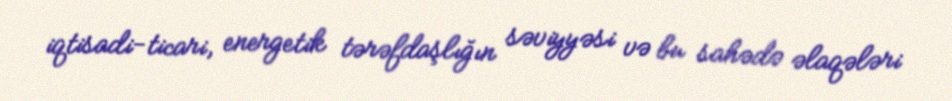
iqtisadi-ticari, energetik tərəfdaşlığın səviyyəsi və bu sahədə əlaqələri